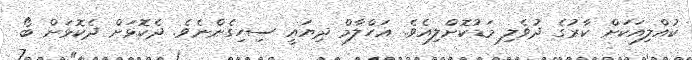
ކުއްލިއަކަށް ކާރުގެ ދުވެލި މަޑުކޮށްލިއެވެ. އަހްލާމް ދިޔައީ ސިހިގެންނެވެ. ދެކޮޅަށް ދެކޮޅަށް ބޯ